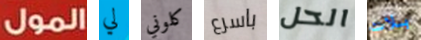
المول لي كلوني باسرع الحل بلات